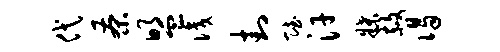
代茶盟识封赋汗牒赦谒